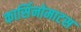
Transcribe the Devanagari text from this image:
कार्सिनोमाटस